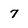
Character: 7